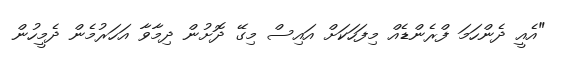
"އެއީ ދެންހަމަ ފްރެންޑެއް މިފަހަކަށް އައިސް މިގޭ ދޮށުން ދިމާވާ އަހަރުމެން ދެމީހުން